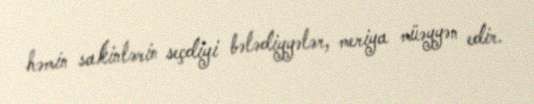
həmin sakinlərin seçdiyi bələdiyyələr, meriya müəyyən edir.